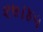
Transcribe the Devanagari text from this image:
२७।४५